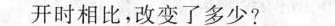
开时相比，改变了多少?